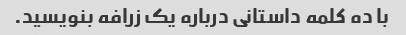
با ده کلمه داستانی درباره یک زرافه بنویسید.